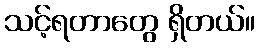
သင့်ရတာတွေ ရှိတယ်။